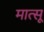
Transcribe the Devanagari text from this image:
मात्सू